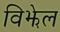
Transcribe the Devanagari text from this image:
विझेल